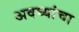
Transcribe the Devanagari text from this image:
अवघ्यांचा